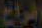
افراح